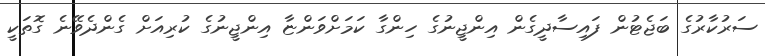
ސަރުކާރުގެ ބަޖެޓުން ފައިސާދީގެން އިންޖީނުގެ ހިންގާ ކަމަށްވަންޏާ އިންޖީނުގެ ކުރިއަށް ގެންދެވޭނެ ގޮތަކީ